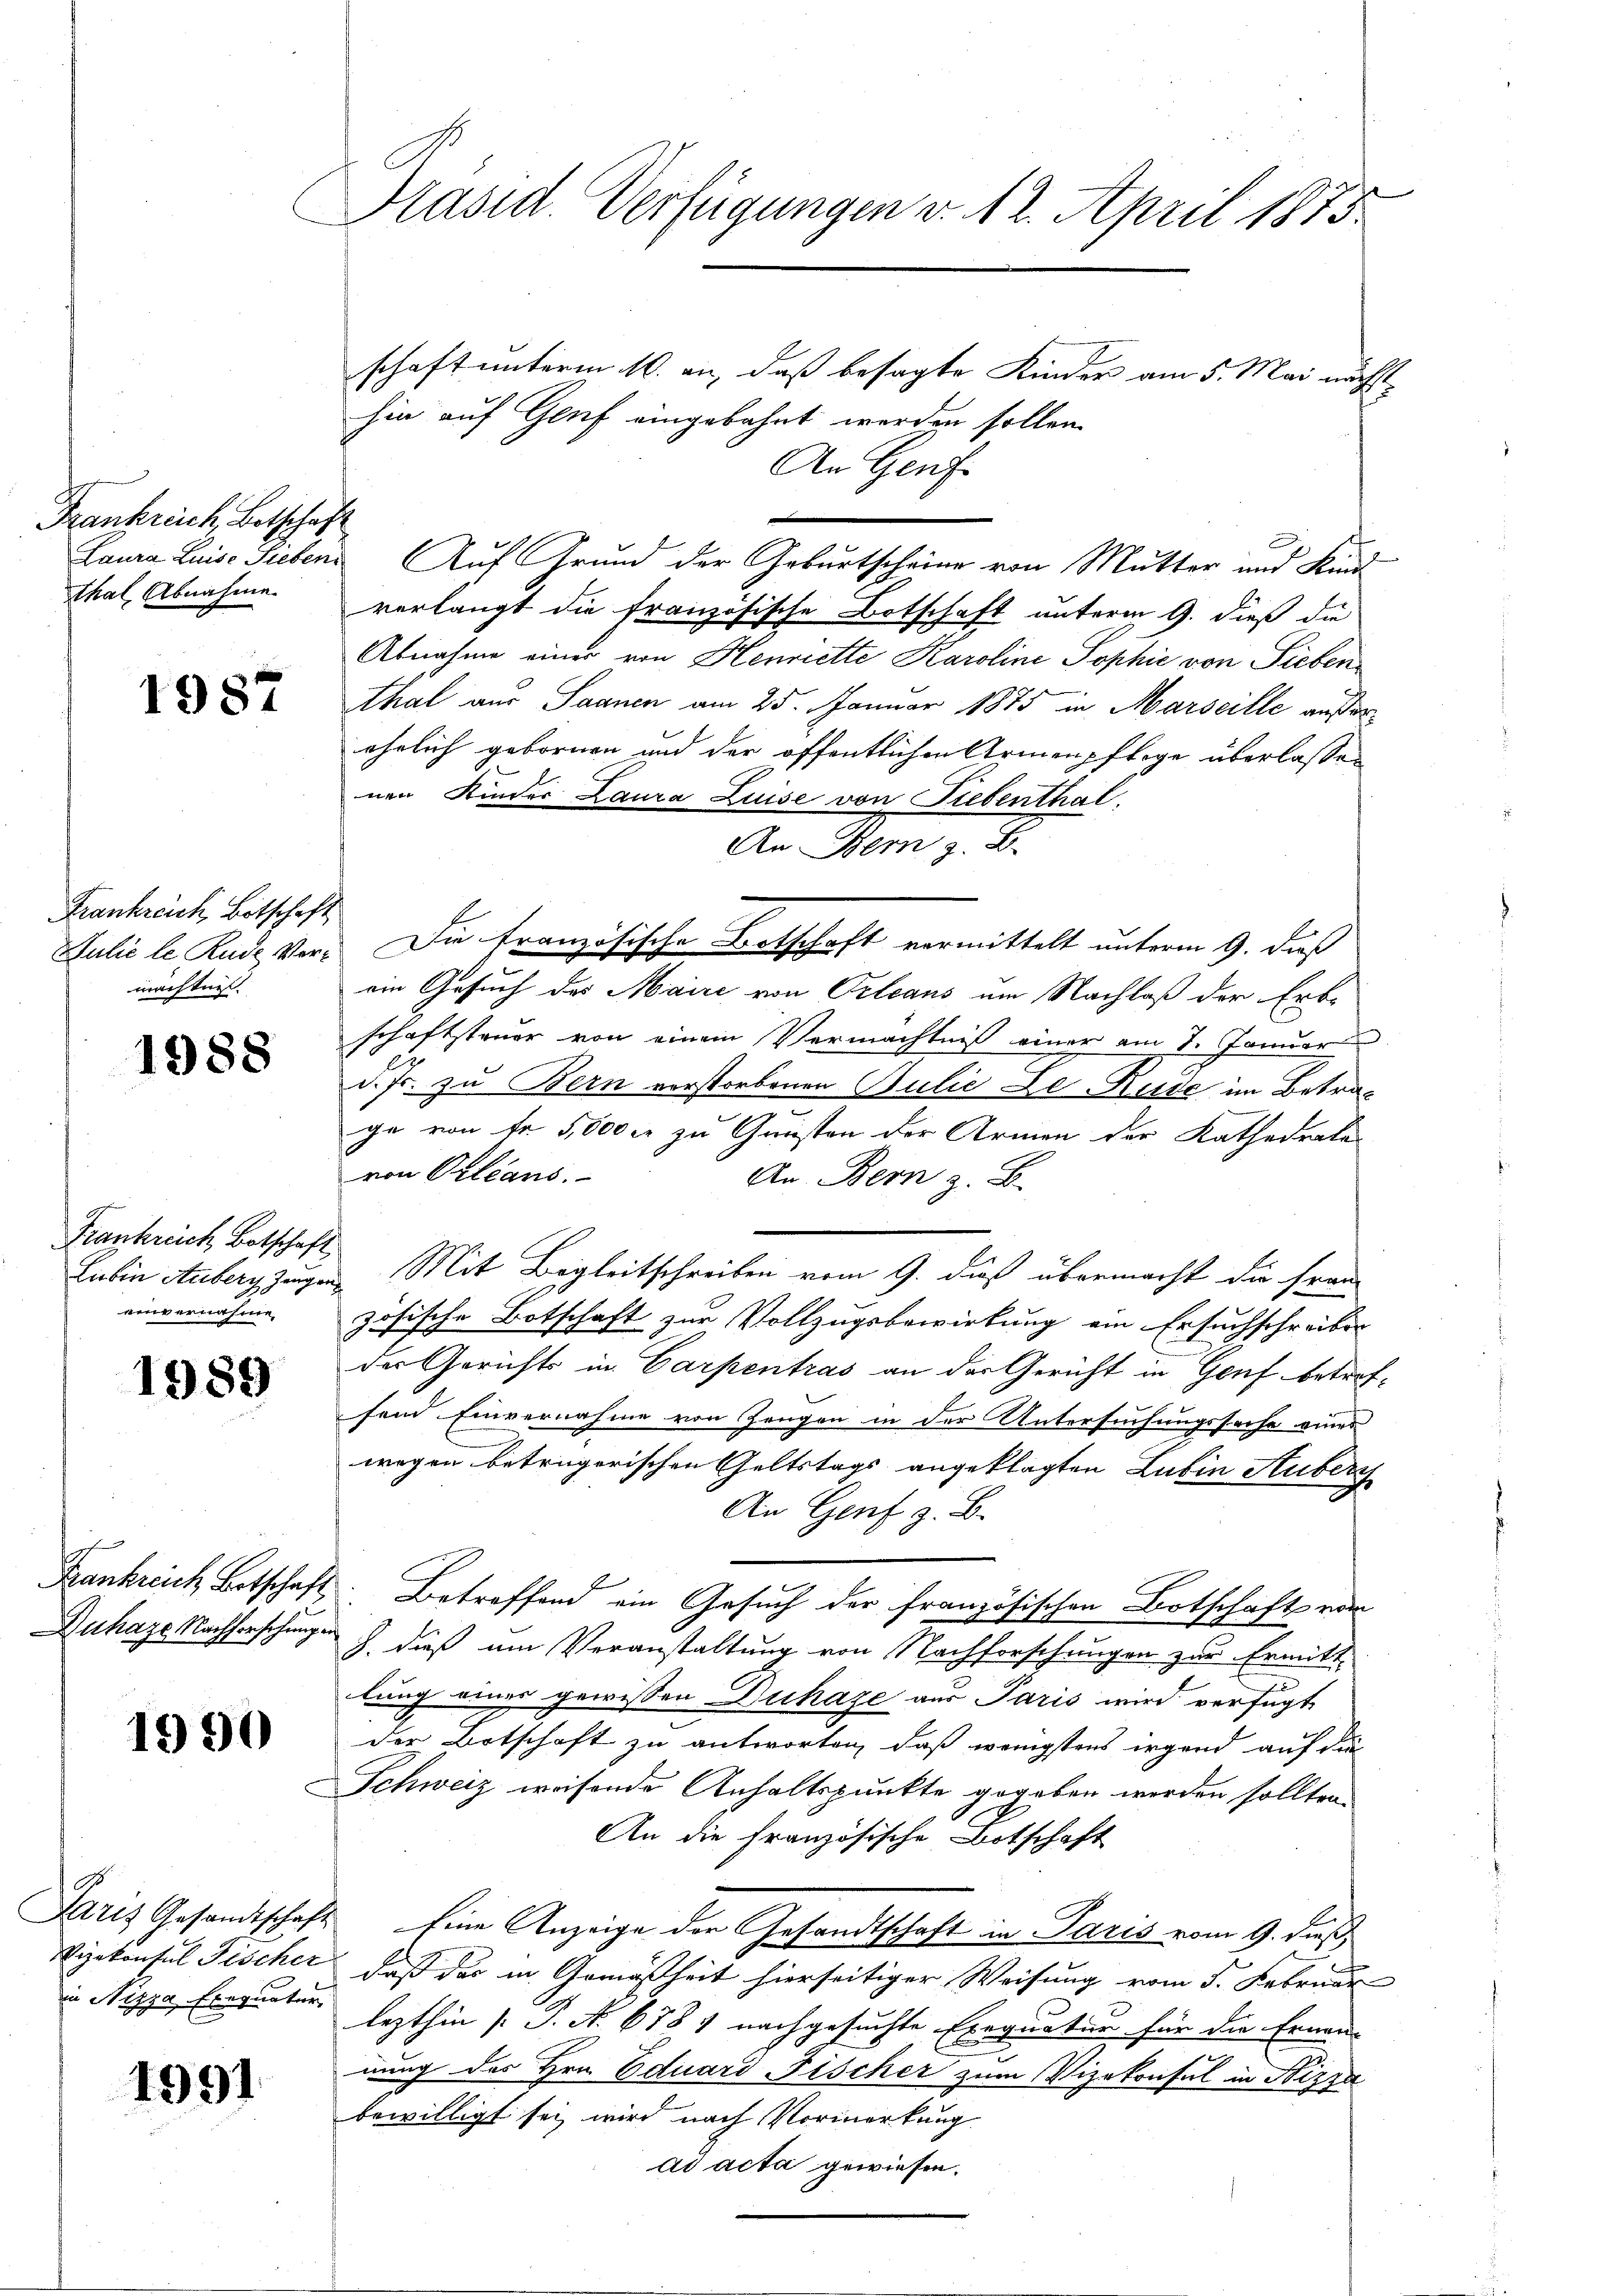
Frankreich, Botschaft
thal Abnahme

1987

Frankreich Botschaft
mächtnis.

1988

Frankreich Botschaft
einvernahme

1989

Duhaze Nachforschungen

1990

1991

Präsid. Verfügungen v. 12. April 1873.

schaft unterm 10. an, daß besagte Kinder am 5. Mai nächsthin auf Genf eingebahnt werden sollen.
An Genf
Laura Luise Sieben Auf Grund der Geburtscheine von Mutter und Kundverlangt die französische Botschaft unterm 9. dieß die
Abnahme einer von Henriette Karoline Sophie von Sieben
Thal aus Saanen am 25. Januar 1875 in Marseille außerehrlich gebornen und der öffentlichen Armenpflege überlassen
nen Kinder Laura Luise von Fiebenthal.
An Dem z. B.
Julie le Rede Ver- Die Französische Botschaft vormittelt unterm 9. daß
ein Gesuch des Maire von Orleans um Nachlaß der Erb-
schaftsteuer von einem Vermächtniß einer am 7. Januar
d. Js. zu Bern vorstorbenen Julie Le-Ruse im Betrage von fr 5,000 fr zu Gunsten der Armen der Kathedrale
von Orleans.
An Bern z. B.
Lubin Anberg zugen Mit Begleitschreiben vom 9. dieß übermacht die französische Botschaft zur Vollzugsbewirkung ein Ersuchschreiber
der Gerichts in Carpentras an der Gericht in Genf betreffend Einvernahme von Zangen in der Untersuchungssache eines
wegen betrügerischen Geltstags angeklagten Lubin Auber
An Genf z. B.
Frankreich Betschaft. Betreffend ein Gesuch der französischen Botschaft von
J. dieß um Veranstaltung von Nachforschungen zur Ermitt
lung eines gewissen Duchaze aus Paris wird verfügt
der Botschaft zu antworten, daß wenigstens irgend auf die
Schweiz weisende Anhaltspunkte gegeben werden sollten.
An die französische Botschaft
Paris Gesandtschaft Eine Anzeige der Gesandtschaft in Paris vom 9. dieß,
Vizekonsul Fischer, daß das in Gemäßheit hierseitiger Weisung vom 5. Februar
in Nizza, Errunter lezthin (: P. Nr. 6784 nachgesuchte Exequaten für die Ernen-
nung des Hrn. Eduard Fischer zum Vizekonsul in Nizza
bewilligt sei wird nach Vormerkung
ad acta gewiesen.